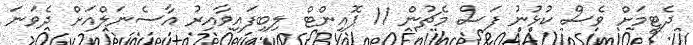
ދެޓީމަށް ވެސް ކުޅުނު ފަސް މެޗުން 11 ޕޮއިންޓް ލިބިފައިވާއިރު އާސެނަލްއަށް ދެވަނަ